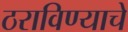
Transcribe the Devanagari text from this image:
ठराविण्याचे